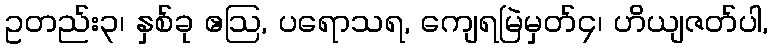
ဥတည်း၃၊ နှစ်ခု ဧဩ, ပရောသရ, ကျေရမြဲမှတ်၄၊ ဟိယျဇတ်ပါ,